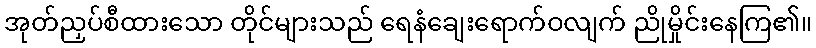
အုတ်ညှပ်စီထားသော တိုင်များသည် ရေနံချေးရောက်ဝလျက် ညိုမှိုင်းနေကြ၏။